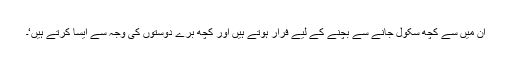
ان میں سے کچھ سکول جانے سے بچنے کے لیے فرار ہوتے ہیں اور کچھ برے دوستوں کی وجہ سے ایسا کرتے ہیں‘۔